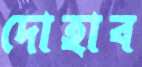
দোহাব